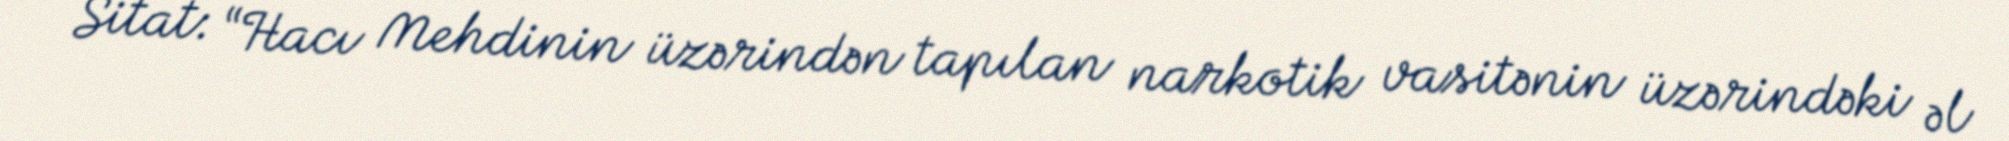
Sitat: “Hacı Mehdinin üzərindən tapılan narkotik vasitənin üzərindəki əl